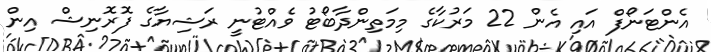
އެންޓަނޯފް އައި އެން 22 މަރުކާގެ މިމަތިންދާބޯޓު ވެއްޓުނީ ރަޝިޔާގެ ފޮރޮނިޝް އިން